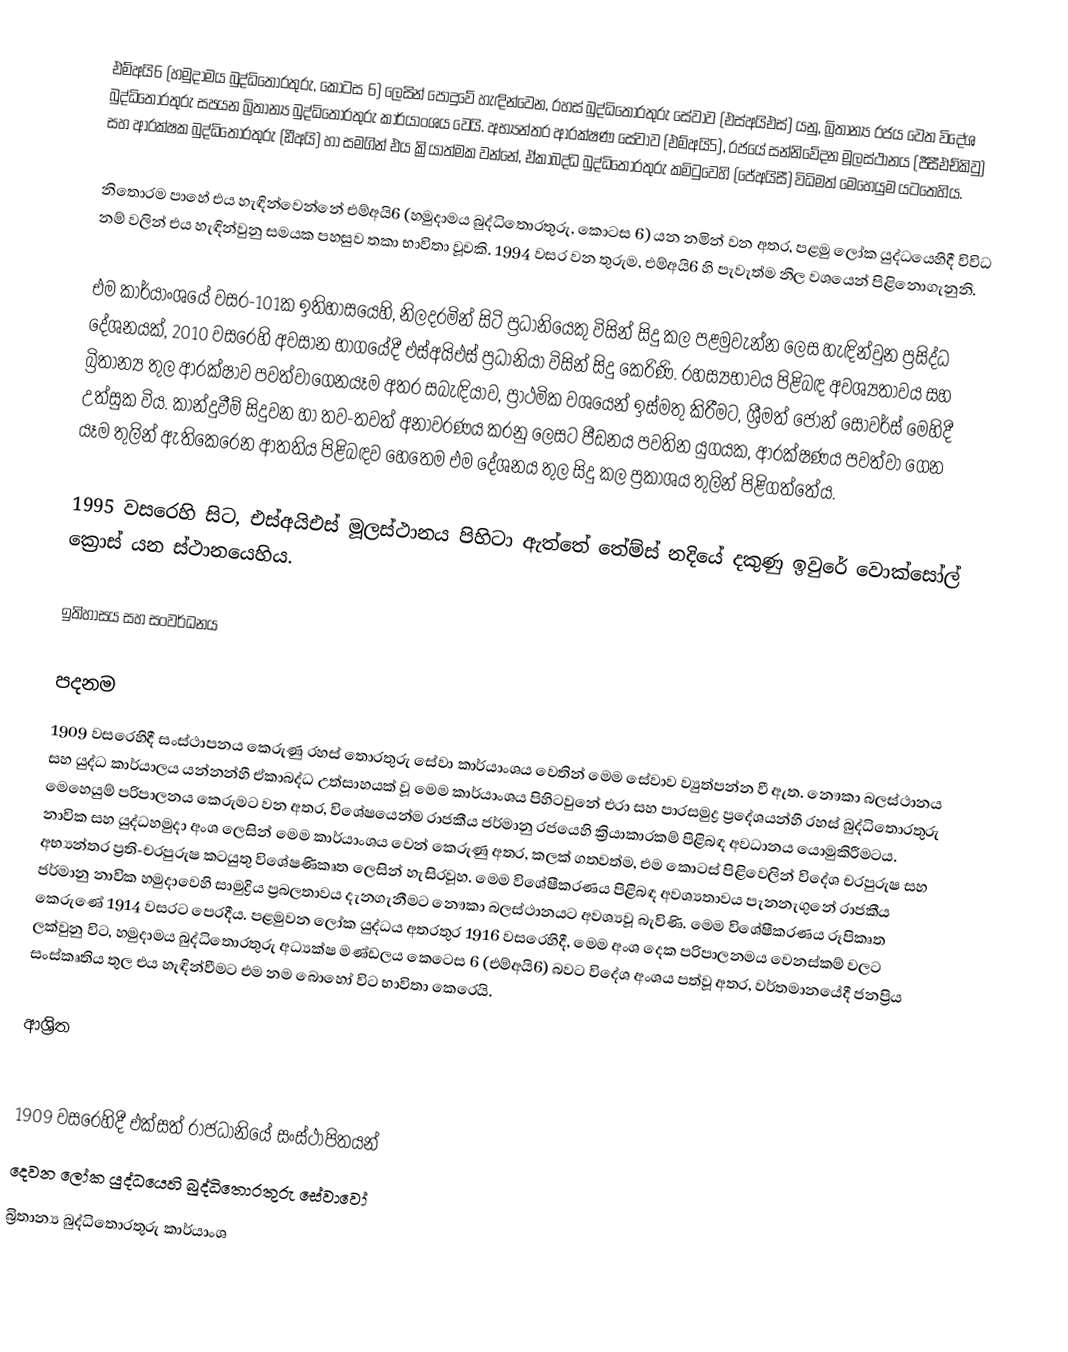
එම්අයි6 (හමුදාමය බුද්ධිතොරතුරු, කොටස 6) ලෙසින් පොදුවේ හැඳින්වෙන, රහස් බුද්ධිතොරතුරු සේවාව (එස්අයිඑස්) යනු, බ්‍රිතාන්‍ය රජය වෙත විදේශ බුද්ධිතොරතුරු සපයන බ්‍රිතාන්‍ය බුද්ධිතොරතුරු කාර්යාංශය  වෙයි. අභ්‍යන්තර ආරක්ෂණ සේවාව (එම්අයි5), රජයේ  සන්නිවේදන මූලස්ථානය (ජීසීඑච්කිවු) සහ  ආරක්ෂක බුද්ධිතොරතුරු (ඩීඅයි) හා සමගින් එය ක්‍රියාත්මක වන්නේ,  ඒකාබද්ධ බුද්ධිතොරතුරු කමිටුවෙහි (ජේඅයිසී) විධිමත් මෙහෙයුම යටතෙහිය.

නිතොරම පාහේ එය හැඳින්වෙන්නේ එම්අයි6 (හමුදාමය බුද්ධිතොරතුරු, කොටස 6) යන නමින් වන අතර, පළමු ලෝක යුද්ධයෙහිදී විවිධ නම් වලින් එය හැඳින්වුනු සමයක පහසුව තකා භාවිතා වූවකි.  1994 වසර වන තුරුම, එම්අයි6 හි පැවැත්ම  නිල වශයෙන් පිළිනොගැනුනි.

එම කාර්යාංශයේ වසර-101ක ඉතිහාසයෙහි, නිලදරමින් සිටි ප්‍රධානියෙකු විසින් සිදු කල පළමුවැන්න ලෙස හැඳින්වුන ප්‍රසිද්ධ දේශනයක්,  2010 වසරෙහි අවසාන භාගයේදී එස්අයිඑස් ප්‍රධානියා විසින් සිදු කෙරිණි. රහස්‍යභාවය පිළිබඳ අවශ්‍යතාවය සහ බ්‍රිතාන්‍ය තුල ආරක්ෂාව පවත්වාගෙනයෑම අතර සබැඳියාව,  ප්‍රාථමික වශයෙන් ඉස්මතු කිරීමට,  ශ්‍රීමත් ජෝන් සෝවර්ස් මෙහිදී උත්සුක විය. කාන්දුවීම් සිදුවන හා තව-තවත් අනාවරණය කරනු ලෙසට පීඩනය  පවතින යුගයක, ආරක්ෂණය පවත්වා ගෙන යෑම තුලින්  ඇතිකෙරෙන  ආතතිය පිළිබඳව හෙතෙම එම දේශනය තුල සිදු කල  ප්‍රකාශය තුලින් පිළිගත්තේය.

1995 වසරෙහි සිට, එස්අයිඑස් මූලස්ථානය පිහිටා ඇත්තේ තේම්ස් නදියේ  දකුණු ඉවුරේ වොක්සෝල් ක්‍රොස් යන ස්ථානයෙහිය.

ඉතිහාසය සහ සංවර්ධනය

පදනම
1909 වසරෙහිදී සංස්ථාපනය කෙරුණු   රහස් තොරතුරු සේවා කාර්යාංශය වෙතින් මෙම සේවාව ව්‍යුත්පන්න වී ඇත.  නෞකා බලස්ථානය සහ යුද්ධ කාර්යාලය යන්නන්හී ඒකාබද්ධ උත්සාහයක් වූ මෙම කාර්යාංශය පිහිටවුනේ එරා සහ පාරසමුද්‍ර ප්‍රදේශයන්හී  රහස් බුද්ධිතොරතුරු මෙහෙයුම් පරිපාලනය කෙරුමට වන අතර, විශේෂයෙන්ම රාජකීය ජර්මානු රජයෙහි ක්‍රියාකාරකම් පිළිබඳ අවධානය යොමුකිරීමටය. නාවික සහ යුද්ධහමුදා අංශ ලෙසින් මෙම කාර්යාංශය වෙන් කෙරුණු අතර, කලක් ගතවත්ම, එම කොටස් පිළිවෙලින් විදේශ චරපුරුෂ සහ අභ්‍යන්තර ප්‍රති-චරපුරුෂ  කටයුතු විශේෂණිකෘත ලෙසින් හැසිරවූහ. මෙම විශේෂීකරණය පිළිබඳ අවශ්‍යතාවය පැනනැගුනේ  රාජකීය ජර්මානු නාවික හමුදාවෙහි සාමුද්‍රිය ප්‍රබලතාවය දැනගැනීමට නෞකා බලස්ථානයට අවශ්‍යවූ බැවිණි. මෙම විශේෂීකරණය රූපිකෘත කෙරුණේ  1914 වසරට පෙරදීය. පළමුවන ලෝක යුද්ධය අතරතුර 1916 වසරෙහිදී, මෙම අංශ දෙක පරිපාලනමය වෙනස්කම් වලට ලක්වුනු විට, හමුදාමය බුද්ධිතොරතුරු අධ්‍යක්ෂ මණ්ඩලය කෙටෙස 6 (එම්අයි6) බවට විදේශ අංශය පත්වූ අතර, වර්තමානයේදී ජනප්‍රිය සංස්කෘතිය තුල එය හැඳින්වීමට එම නම බොහෝ විට භාවිතා කෙරෙයි.

ආශ්‍රිත

1909 වසරෙහිදී එක්සත් රාජධානියේ සංස්ථාපිතයන්
දෙවන ලෝක යුද්ධයෙහි බුද්ධිතොරතුරු සේවාවෝ
බ්‍රිතාන්‍ය  බුද්ධිතොරතුරු කාර්යාංශ